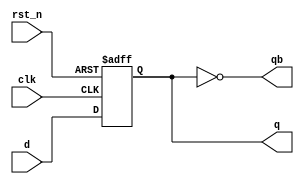
module dff(
    clk
   ,rst_n
   ,d
   ,q
   ,qb
);
input   clk;
input   rst_n;
input   d;
output  q;
output  qb;

reg     q;

assign  qb = ~q;

always @(posedge clk or negedge rst_n)
begin
    if (!rst_n) begin
        // Asynchronous reset when reset goes low
        q <= 1'b0;
    end else begin
        // Assign D to Q on positive clock edge
        q <= d;
    end
end

endmodule